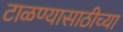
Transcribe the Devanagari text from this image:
टाळण्यासाठीच्या